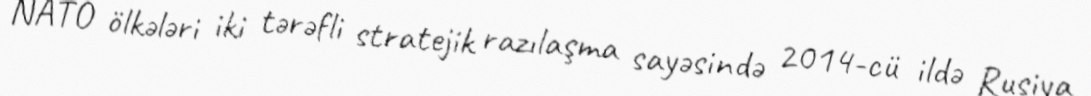
NATO ölkələri iki tərəfli stratejik razılaşma sayəsində 2014-cü ildə Rusiya